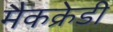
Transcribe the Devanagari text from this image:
मैकक्रेडी